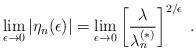
\begin{align*}\lim_{\epsilon\rightarrow 0} \left|\eta_{n}(\epsilon)\right| =\lim_{\epsilon\rightarrow 0} \left[\frac{\lambda}{\lambda^{(\ast)}_{n}} \right]^{2/\epsilon} \; .\end{align*}